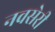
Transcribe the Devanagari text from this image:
नवसेरी